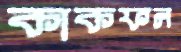
কাকফল